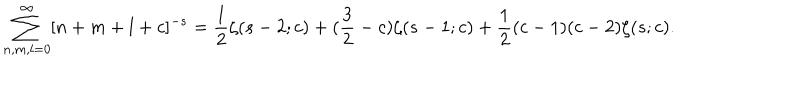
\sum _ { n , m , l = 0 } ^ { \infty } [ n + m + l + c ] ^ { - s } = \frac { 1 } { 2 } \zeta ( s - 2 ; c ) + ( \frac { 3 } { 2 } - c ) \zeta ( s - 1 ; c ) + \frac { 1 } { 2 } ( c - 1 ) ( c - 2 ) \zeta ( s ; c ) .